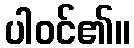
ပါဝင်၏။